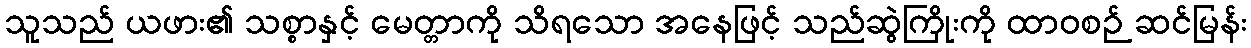
သူသည် ယဖား၏ သစ္စာနှင့် မေတ္တာကို သိရသော အနေဖြင့် သည်ဆွဲကြိုးကို ထာဝစဉ် ဆင်မြန်း